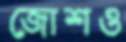
জোশও